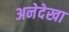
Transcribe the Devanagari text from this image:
अनेदेखा